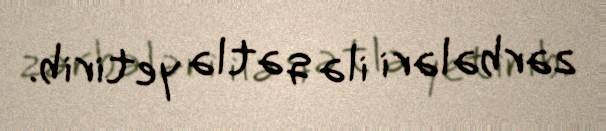
zərbələri ilə qətlə yetirib.